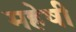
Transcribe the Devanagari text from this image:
महेषी